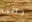
حمى